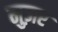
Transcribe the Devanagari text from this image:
मुज़र